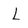
Character: L